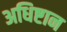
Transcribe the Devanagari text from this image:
अधिष्टान